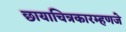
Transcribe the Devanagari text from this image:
छायाचित्रकारम्हणजे